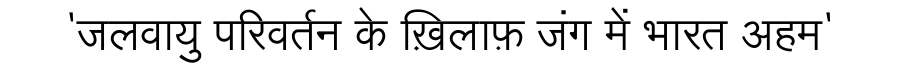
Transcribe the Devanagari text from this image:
'जलवायु परिवर्तन के ख़िलाफ़ जंग में भारत अहम'